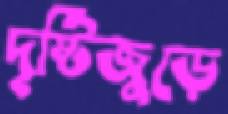
দৃষ্টিজুড়ে